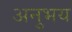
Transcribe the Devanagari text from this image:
अनुभय